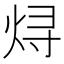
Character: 𬊈